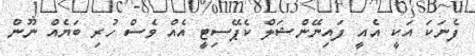
ފެނަކަ އަކީ އެއީ ފައިނޭންޝަލް ކެޕޭސިޓީ އެއް ވެސް ހުރި ބަޔެއް ނޫން